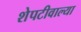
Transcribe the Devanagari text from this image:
शेपटीवाल्या